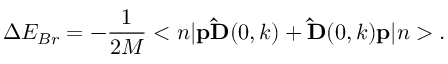
\Delta E _ { B r } = - \frac { 1 } { 2 M } < { n } | { \bf p } { \bf \hat { D } } ( 0 , k ) + { \bf \hat { D } } ( 0 , k ) { \bf p } | n > .